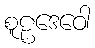
စူဠဒေဝေါ